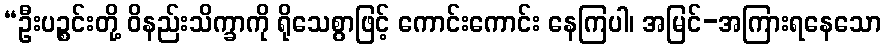
“ဦးပဉ္စင်းတို့ ဝိနည်းသိက္ခာကို ရိုသေစွာဖြင့် ကောင်းကောင်း နေကြပါ၊ အမြင်-အကြားရနေသော